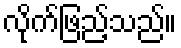
လိုက်ဖြည့်သည်။